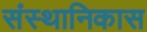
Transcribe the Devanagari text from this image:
संस्थानिकास